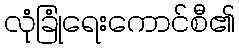
လုံခြုံရေးကောင်စီ၏